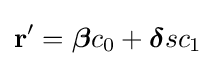
\mathbf {r'} ={\boldsymbol {\beta }}c_{0}+{\boldsymbol {\delta }}sc_{1}